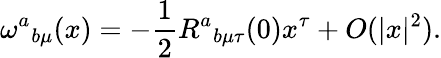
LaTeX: {\omega^{a}}_{b\mu}(x)=-{\frac{1}{2}}{R^{a}}_{b\mu\tau}(0)x^{\tau}+O(|x|^{2}).